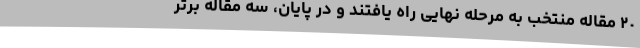
٢٠ مقاله منتخب به مرحله نهایی راه یافتند و در پایان، سه مقاله برتر